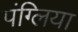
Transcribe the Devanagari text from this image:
पंग्लिया